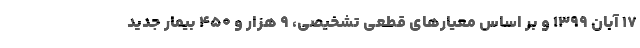
۱۷ آبان ۱۳۹۹ و بر اساس معیارهای قطعی تشخیصی، ۹ هزار و ۴۵۰ بیمار جدید